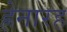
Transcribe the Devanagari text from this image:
ह्रेनारह